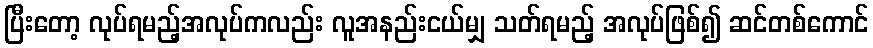
ပြီးတော့ လုပ်ရမည့်အလုပ်ကလည်း လူအနည်းငယ်မျှ သတ်ရမည့် အလုပ်ဖြစ်၍ ဆင်တစ်ကောင်